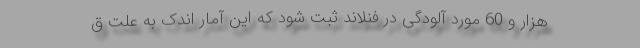
هزار و 60 مورد آلودگی در فنلاند ثبت شود که این آمار اندک به علت ق